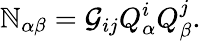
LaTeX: \mathbb{N}_{\alpha\beta}=\mathcal{G}_{ij}Q_{\alpha}^{i}Q_{\beta}^{j}.